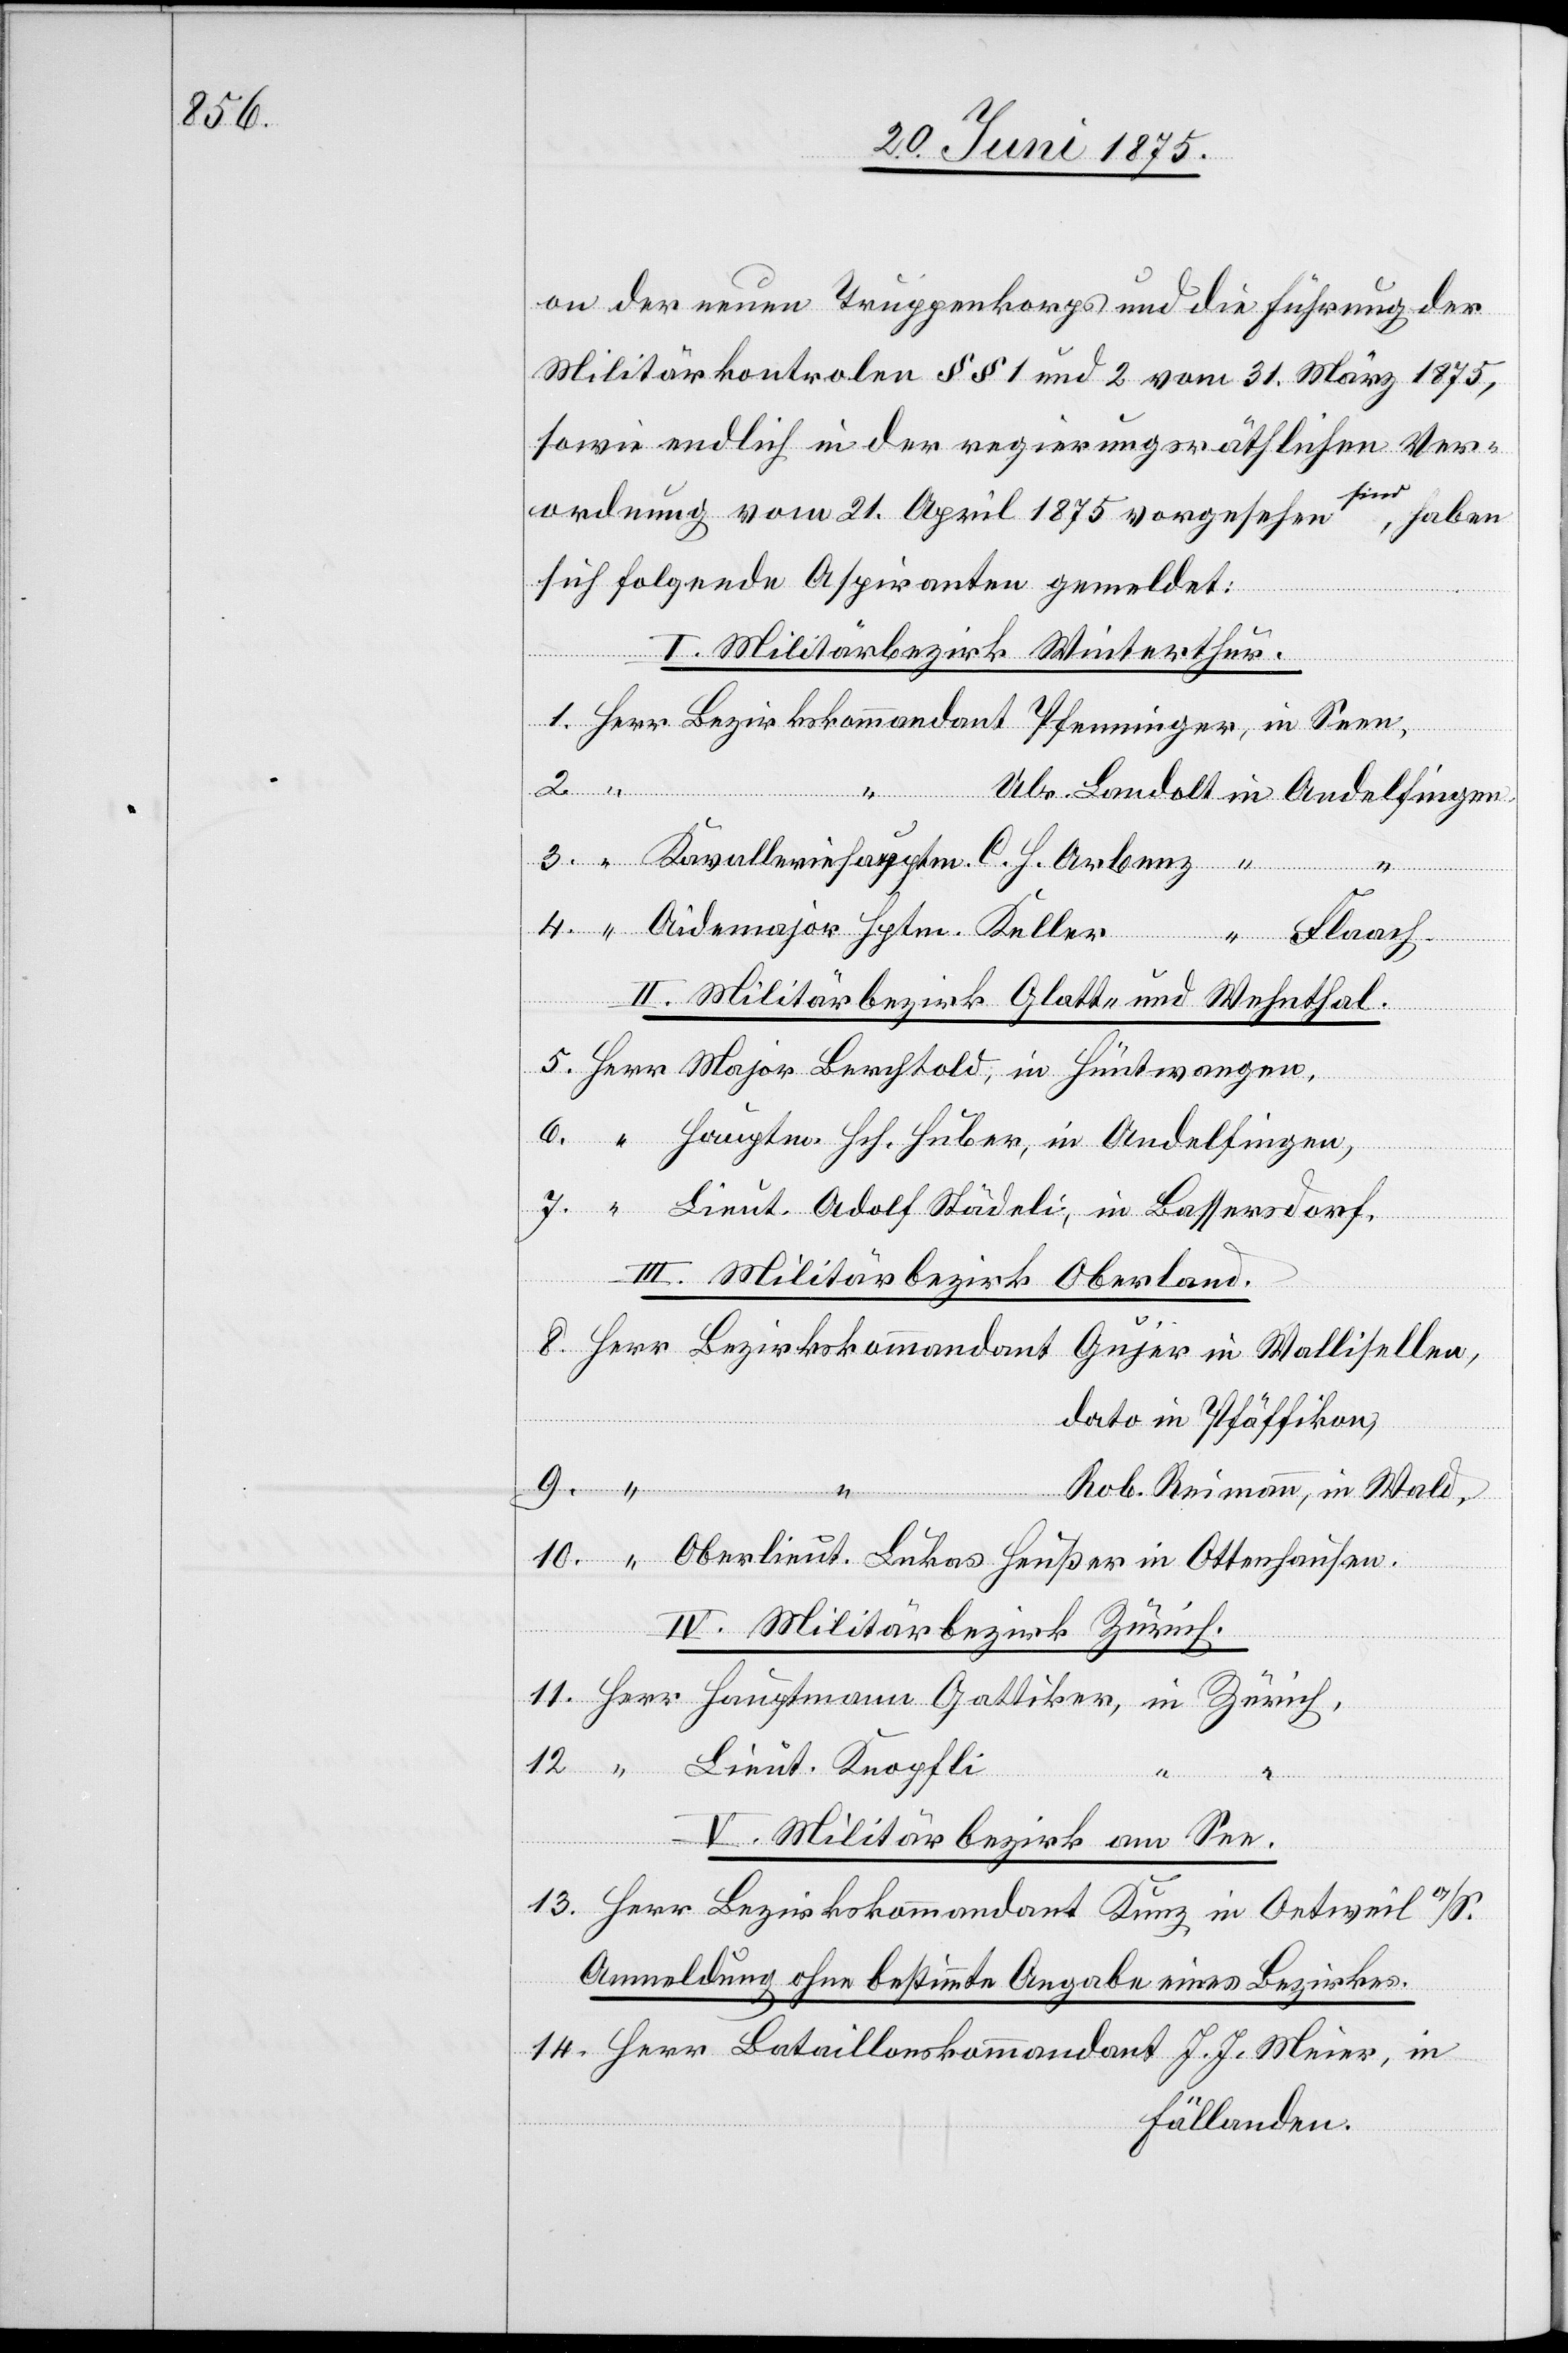
on der neuen Truppenkorps und die Führung der
Militärkontrolen §§ 1 und 2 vom 31. März 1875,
sowie endlich in der regierungsräthlichen Ver¬
Seen,
ordnung vom 21. April 1875 vorgesehen sind, haben
sich folgende Aspiranten gemeldet:
in
I. Militärbezirk Winterthur.
Bataillon¬
skommandant
J.
Meier,
13.
“
Hptm.
Flaach.
II. Militärbezirk Glatt- und Wehnthal.
III. Militärbezirk Oberland.
dato in Pfäffikon,
Reimann,
4.
IV. Militärbezirk Zürich.
2.
V. Militärbezirk am See.
Anmeldung ohne bestimmte Angabe eines Bezirkes.
Fällanden.